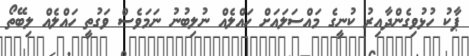
ޕާކު ހުޅުވިގެންދާއިރު ކުނީގެ މައްސަލައަށް ހައްލެއް ނުލިބުނު ނަމަވެސް ވަގުތީ ހައްލެއް ލިބޭތޯ